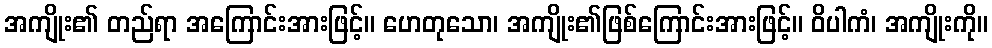
အကျိုး၏ တည်ရာ အကြောင်းအားဖြင့်။ ဟေတုသော၊ အကျိုး၏ဖြစ်ကြောင်းအားဖြင့်။ ဝိပါကံ၊ အကျိုးကို။